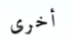
أخرى